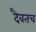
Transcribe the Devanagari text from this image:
दैवतच